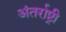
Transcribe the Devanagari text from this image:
अंतर्राष्ट्री